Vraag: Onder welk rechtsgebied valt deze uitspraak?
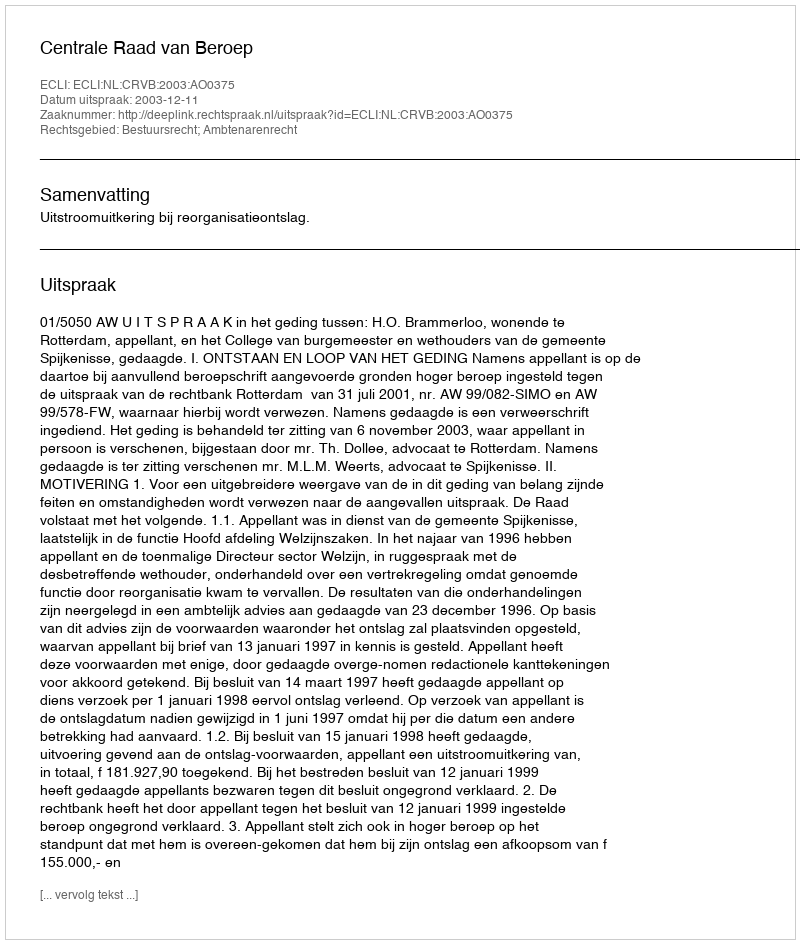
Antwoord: Bestuursrecht; Ambtenarenrecht